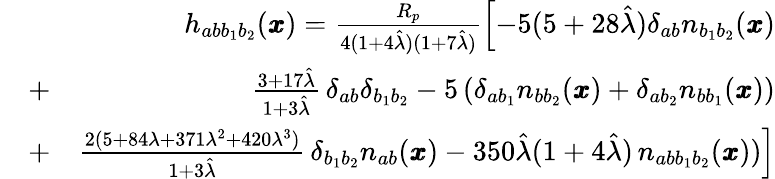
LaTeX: \begin{array}{rlr}&{}&{h_{ab{b}_{1}b_{2}}({\pmb x})=\frac{R_{p}}{4(1+4\hat{\lambda})(1+7\hat{\lambda})}\left[-5(5+28\hat{\lambda})\delta_{ab}n_{b_{1}b_{2}}({\pmb x})\right.}\\ &{+}&{\left.\frac{3+17\hat{\lambda}}{1+3\hat{\lambda}}\, \delta_{ab}\delta_{b_{1}b_{2}}-5\, (\delta_{ab_{1}}n_{bb_{2}}({\pmb x})+\delta_{ab_{2}}n_{bb_{1}}({\pmb x}))\right.}\\ &{+}&{\left.\frac{2(5+84\lambda+371\lambda^{2}+420\lambda^{3})}{1+3\hat{\lambda}}\, \delta_{b_{1}b_{2}}n_{ab}({\pmb x})-350\hat{\lambda}(1+4\hat{\lambda})\, n_{abb_{1}b_{2}}({\pmb x}))\right]}\end{array}